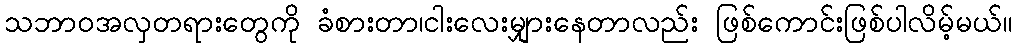
သဘာဝအလှတရားတွေကို ခံစားတာ၊ငါးလေးမျှားနေတာလည်း ဖြစ်ကောင်းဖြစ်ပါလိမ့်မယ်။